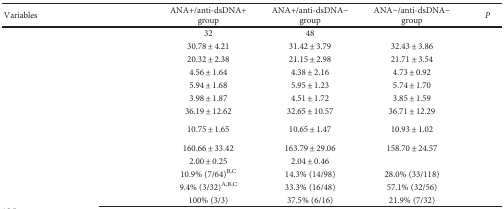
<table><thead><tr><td><b>Variables</b></td><td><b>ANA+/anti-dsDNA+ group</b></td><td><b>ANA+/anti-dsDNA− group</b></td><td><b>ANA−/anti-dsDNA− group</b></td><td><b><i>P</i></b></td></tr></thead><tbody><tr><td>[EMPTY_CELL]</td><td>32</td><td>48</td><td>[EMPTY_CELL]</td><td>[EMPTY_CELL]</td></tr><tr><td>[EMPTY_CELL]</td><td>30.78 ± 4.21</td><td>31.42 ± 3.79</td><td>32.43 ± 3.86</td><td>[EMPTY_CELL]</td></tr><tr><td>[EMPTY_CELL]</td><td>20.32 ± 2.38</td><td>21.15 ± 2.98</td><td>21.71 ± 3.54</td><td>[EMPTY_CELL]</td></tr><tr><td>[EMPTY_CELL]</td><td>4.56 ± 1.64</td><td>4.38 ± 2.16</td><td>4.73 ± 0.92</td><td>[EMPTY_CELL]</td></tr><tr><td>[EMPTY_CELL]</td><td>5.94 ± 1.68</td><td>5.95 ± 1.23</td><td>5.74 ± 1.70</td><td>[EMPTY_CELL]</td></tr><tr><td>[EMPTY_CELL]</td><td>3.98 ± 1.87</td><td>4.51 ± 1.72</td><td>3.85 ± 1.59</td><td>[EMPTY_CELL]</td></tr><tr><td>[EMPTY_CELL]</td><td>36.19 ± 12.62</td><td>32.65 ± 10.57</td><td>36.71 ± 12.29</td><td>[EMPTY_CELL]</td></tr><tr><td>[EMPTY_CELL]</td><td>10.75 ± 1.65</td><td>10.65 ± 1.47</td><td>10.93 ± 1.02</td><td>[EMPTY_CELL]</td></tr><tr><td>[EMPTY_CELL]</td><td>160.66 ± 33.42</td><td>163.79 ± 29.06</td><td>158.70 ± 24.57</td><td>[EMPTY_CELL]</td></tr><tr><td>[EMPTY_CELL]</td><td>2.00 ± 0.25</td><td>2.04 ± 0.46</td><td>[EMPTY_CELL]</td><td>[EMPTY_CELL]</td></tr><tr><td>[EMPTY_CELL]</td><td>10.9% (7/64)<sup>B,C</sup></td><td>14.3% (14/98)</td><td>28.0% (33/118)</td><td>[EMPTY_CELL]</td></tr><tr><td>[EMPTY_CELL]</td><td>9.4% (3/32)<sup>A,B,C</sup></td><td>33.3% (16/48)</td><td>57.1% (32/56)</td><td>[EMPTY_CELL]</td></tr><tr><td>[EMPTY_CELL]</td><td>100% (3/3)</td><td>37.5% (6/16)</td><td>21.9% (7/32)</td><td>[EMPTY_CELL]</td></tr></tbody></table>